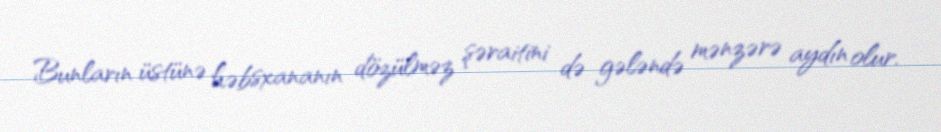
Bunların üstünə həbsxananın dözülməz şəraitini də gələndə mənzərə aydın olur.